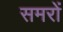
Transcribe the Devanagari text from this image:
समरों